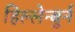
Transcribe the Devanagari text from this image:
हिल्लेन्बुर्न